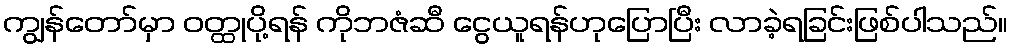
ကျွန်တော်မှာ ဝတ္ထုပို့ရန် ကိုဘဇံဆီ ငွေယူရန်ဟုပြောပြီး လာခဲ့ရခြင်းဖြစ်ပါသည်။